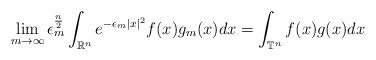
LaTeX: \begin{align*}\lim_{m\rightarrow\infty}\epsilon_m^{\frac{n}{2}}\int_{\mathbb{R}^n}e^{-\epsilon_m|x|^2}f(x)g_{m}(x)dx=\int_{\mathbb{T}^n}f(x)g(x)dx\end{align*}